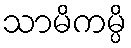
သာမိကမ္ပိ